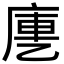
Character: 㐣